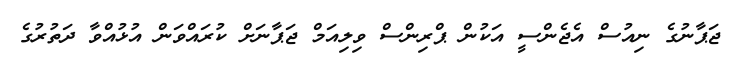
ޖަޕާނުގެ ނިއުސް އެޖެންސީ އަކުން ޕްރިންސް ވިލިއަމް ޖަޕާނަށް ކުރައްވަން އުޅުއްވާ ދަތުރުގެ